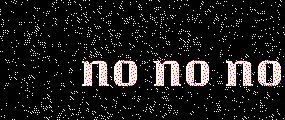
no no no